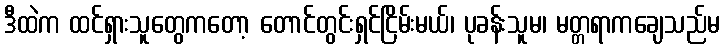
ဒီထဲက ထင်ရှားသူတွေကတော့ တောင်တွင်းရှင်ငြိမ်းမယ်၊ ပုခန်းသူမ၊ မတ္တရာကချေသည်မ